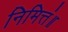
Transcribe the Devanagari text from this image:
निमित्तं॥